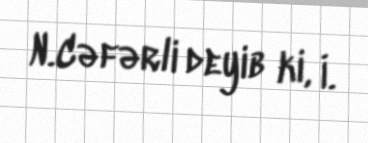
N.Cəfərli deyib ki, İ.